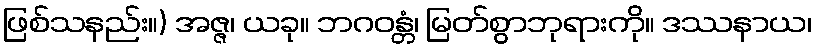
ဖြစ်သနည်း။) အဇ္ဇ၊ ယခု။ ဘဂဝန္တံ၊ မြတ်စွာဘုရားကို။ ဒဿနာယ၊